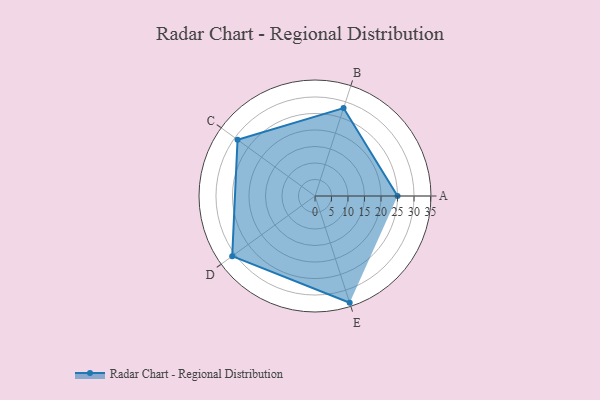
{"axis": {"x": "Skill", "y": "Score"}, "legend": ["Profile"], "data": [{"x": "A", "y": 25.0, "type": "Profile"}, {"x": "B", "y": 28.0, "type": "Profile"}, {"x": "C", "y": 29.0, "type": "Profile"}, {"x": "D", "y": 31.0, "type": "Profile"}, {"x": "E", "y": 34.0, "type": "Profile"}]}